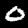
Digit: 0